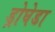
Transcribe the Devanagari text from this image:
ड्रोघेडा